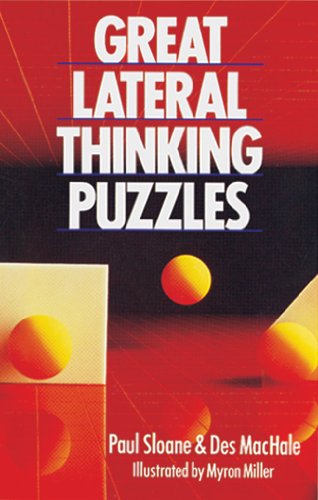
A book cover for Great Lateral Thinking Puzzles; Paul Sloane; Teen & Young Adult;